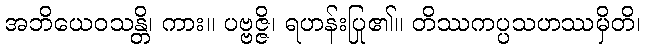
အဘိယေဝသန္တိ၊ ကား။ ပဗ္ဗဇ္ဇိ၊ ရဟန်းပြု၏။ တိဿကပ္ပသဟဿမှိတိ၊